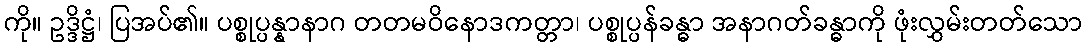
ကို။ ဥဒ္ဒိဋ္ဌံ၊ ပြအပ်၏။ ပစ္စုပ္ပန္နာနာဂ တတမဝိနောဒကတ္တာ၊ ပစ္စုပ္ပန်ခန္ဓာ အနာဂတ်ခန္ဓာကို ဖုံးလွှမ်းတတ်သော